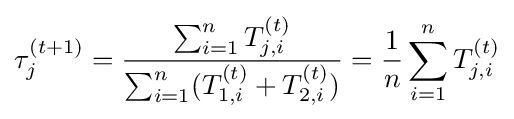
\tau _{j}^{(t+1)}={\frac {\sum _{i=1}^{n}T_{j,i}^{(t)}}{\sum _{i=1}^{n}(T_{1,i}^{(t)}+T_{2,i}^{(t)})}}={\frac {1}{n}}\sum _{i=1}^{n}T_{j,i}^{(t)}